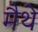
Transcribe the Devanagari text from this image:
मैथे